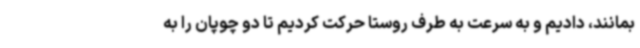
بمانند، دادیم و به سرعت به طرف روستا حرکت کردیم تا دو چوپان را به